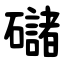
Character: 䃴